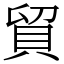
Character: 貿